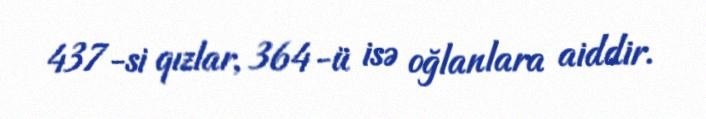
437-si qızlar, 364-ü isə oğlanlara aiddir.